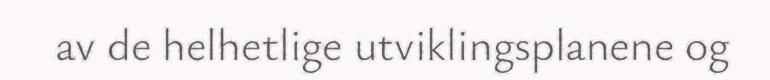
av de helhetlige utviklingsplanene og